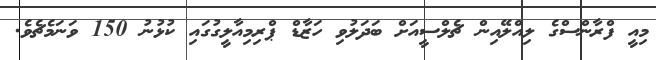
މިއީ ފްރާންސްގެ ލިއްލޭއިން ޗެލްސީއަށް ބަދަލުވި ހަޒާޑް ޕްރިމިއާލީގުގައި ކުޅުނު 150 ވަނަމެޗެވެ.